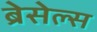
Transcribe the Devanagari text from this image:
ब्रेसेल्स